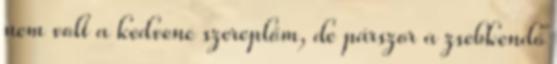
nem volt a kedvenc szereplőm, de párszor a zsebkendő